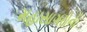
મહાસાગરોની